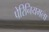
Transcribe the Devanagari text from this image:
पेरिनियमला